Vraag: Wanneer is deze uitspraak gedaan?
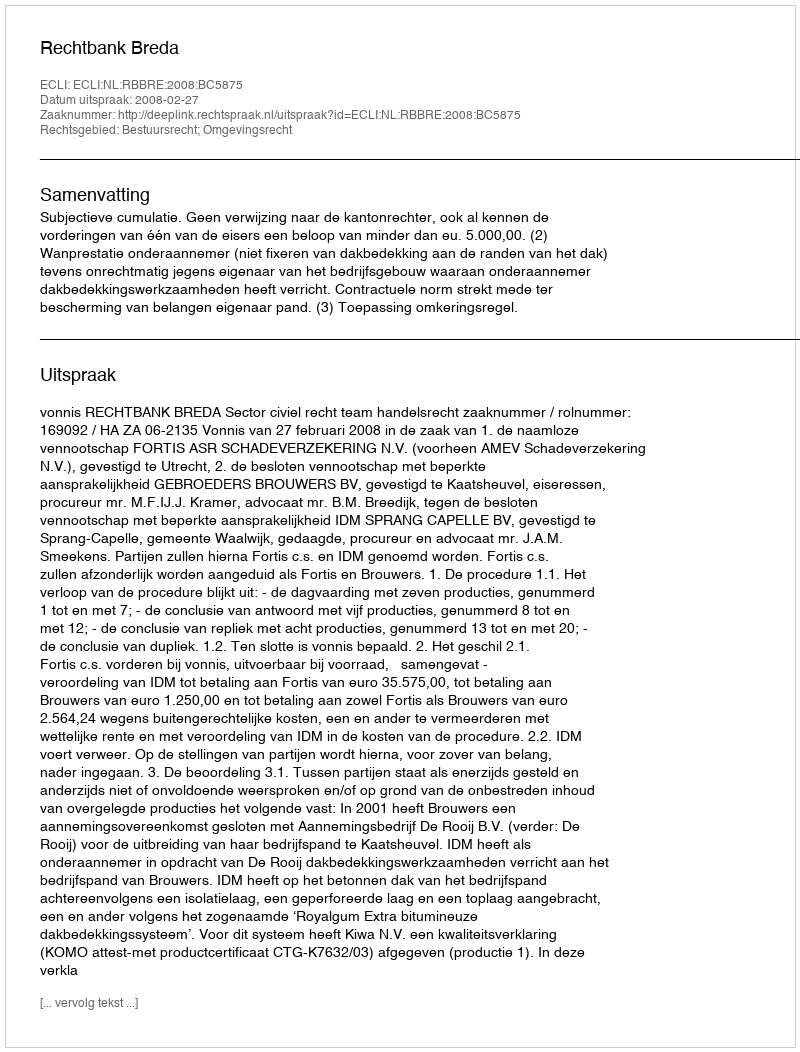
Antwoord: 2008-02-27